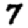
Digit: 7